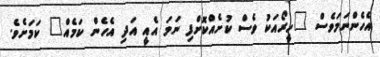
އެހެންނަމަވެސް "ހީރޯއަކު ވެސް ކުށެއްކޮށްފި ނަމަ އެއީ އަދި އެހެން ކަމެއް" ކަމަށެވެ.